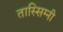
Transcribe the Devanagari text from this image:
तास्सिग्नी